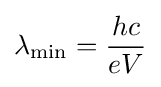
\lambda _{\rm {min}}={\frac {hc}{eV}}